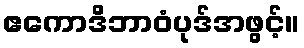
ဧကောဒိဘာဝံပုဒ်အဖွင့်။